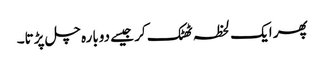
پھر ایک لحظہ ٹھٹک کر جیسے دوبارہ چل پڑتا۔